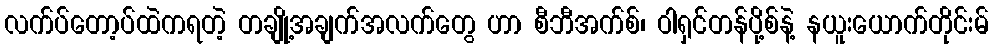
လက်ပ်တော့ပ်ထဲကရတဲ့ တချို့အချက်အလက်တွေ ဟာ စီဘီအက်စ်၊ ဝါရှင်တန်ပို့စ်နဲ့ နယူးယောက်တိုင်းမ်